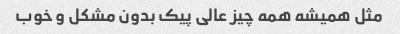
مثل همیشه همه چیز عالی پیک بدون مشکل و خوب